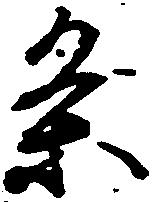
条